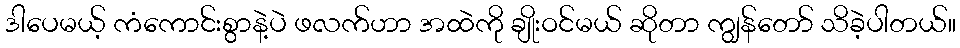
ဒါပေမယ့် ကံကောင်းစွာနဲ့ပဲ ဖလက်ဟာ အထဲကို ချိုးဝင်မယ် ဆိုတာ ကျွန်တော် သိခဲ့ပါတယ်။